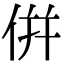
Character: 倂